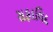
સફાવિદ